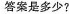
答案是多少？